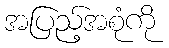
အပြည့်အစုံကို